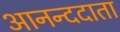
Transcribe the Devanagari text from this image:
आनन्ददाता